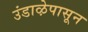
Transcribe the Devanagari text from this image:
उंडाऴेपासून